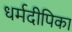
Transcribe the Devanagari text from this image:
धर्मदीपिका